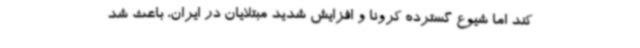
کند اما شیوع گسترده کرونا و افزایش شدید مبتلایان در ایران، باعث شد